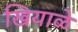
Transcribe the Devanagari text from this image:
खियाळे